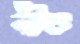
নীচ